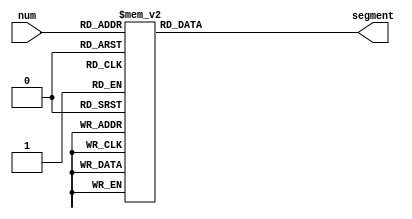
module SegDecode(
	input wire [3:0] num,
	output reg [6:0] segment  
);

always @(*)begin
	case(num)
		4'b0000: segment = 7'b0000001;//0
		4'b0001: segment = 7'b1001111;//1
		4'b0010: segment = 7'b0010010;//2
		4'b0011: segment = 7'b0000110;//3
		4'b0100: segment = 7'b1001100;//4
		4'b0101: segment = 7'b0100100;//5
		4'b0110: segment = 7'b0100000;//6
		4'b0111: segment = 7'b0001111;//7
		4'b1000: segment = 7'b0000000;//8
		4'b1001: segment = 7'b0000100;//9
		default: segment = 7'b1111111;//
	endcase

end

endmodule